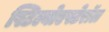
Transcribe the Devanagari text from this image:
स्टिल्बोएस्टेरॉल